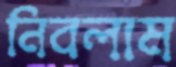
নিবলাম